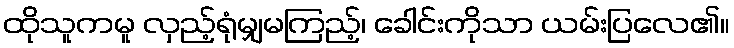
ထိုသူကမူ လှည့်ရုံမျှမကြည့်၊ ခေါင်းကိုသာ ယမ်းပြလေ၏။